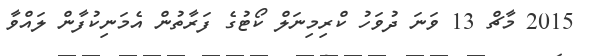
2015 މާޗް 13 ވަނަ ދުވަހު ކްރިމިނަލް ކޯޓުގެ ފަރާތުން އެމަނިކުފާން ލައްވާ